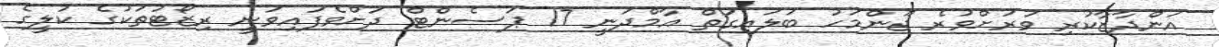
އަންދާޒާކުރި ވަރަށްވުރެ ޖޫންމަހު ބަލައިގަތް އާމްދަނީ 17 ޕަސެންޓް ދަށްވެފައިވަނީ ރިޒޯޓުތަކުގެ ކުލީގެ